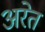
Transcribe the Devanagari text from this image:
अरेत